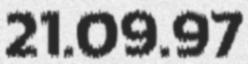
21.09.97